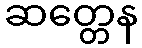
ဆတ္တေန